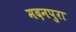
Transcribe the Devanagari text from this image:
मदनपुरा